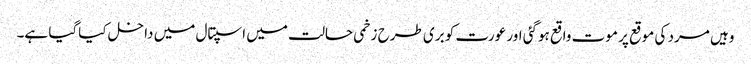
وہیں مرد کی موقع پر موت واقع ہوگئی اور عورت کو بری طرح زخمی حالت میں اسپتال میں داخل کیاگیا ہے۔